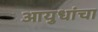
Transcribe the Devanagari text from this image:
आयुधांचा